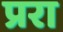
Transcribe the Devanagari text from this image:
प्ररा